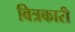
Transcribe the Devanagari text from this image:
वित्रकारी